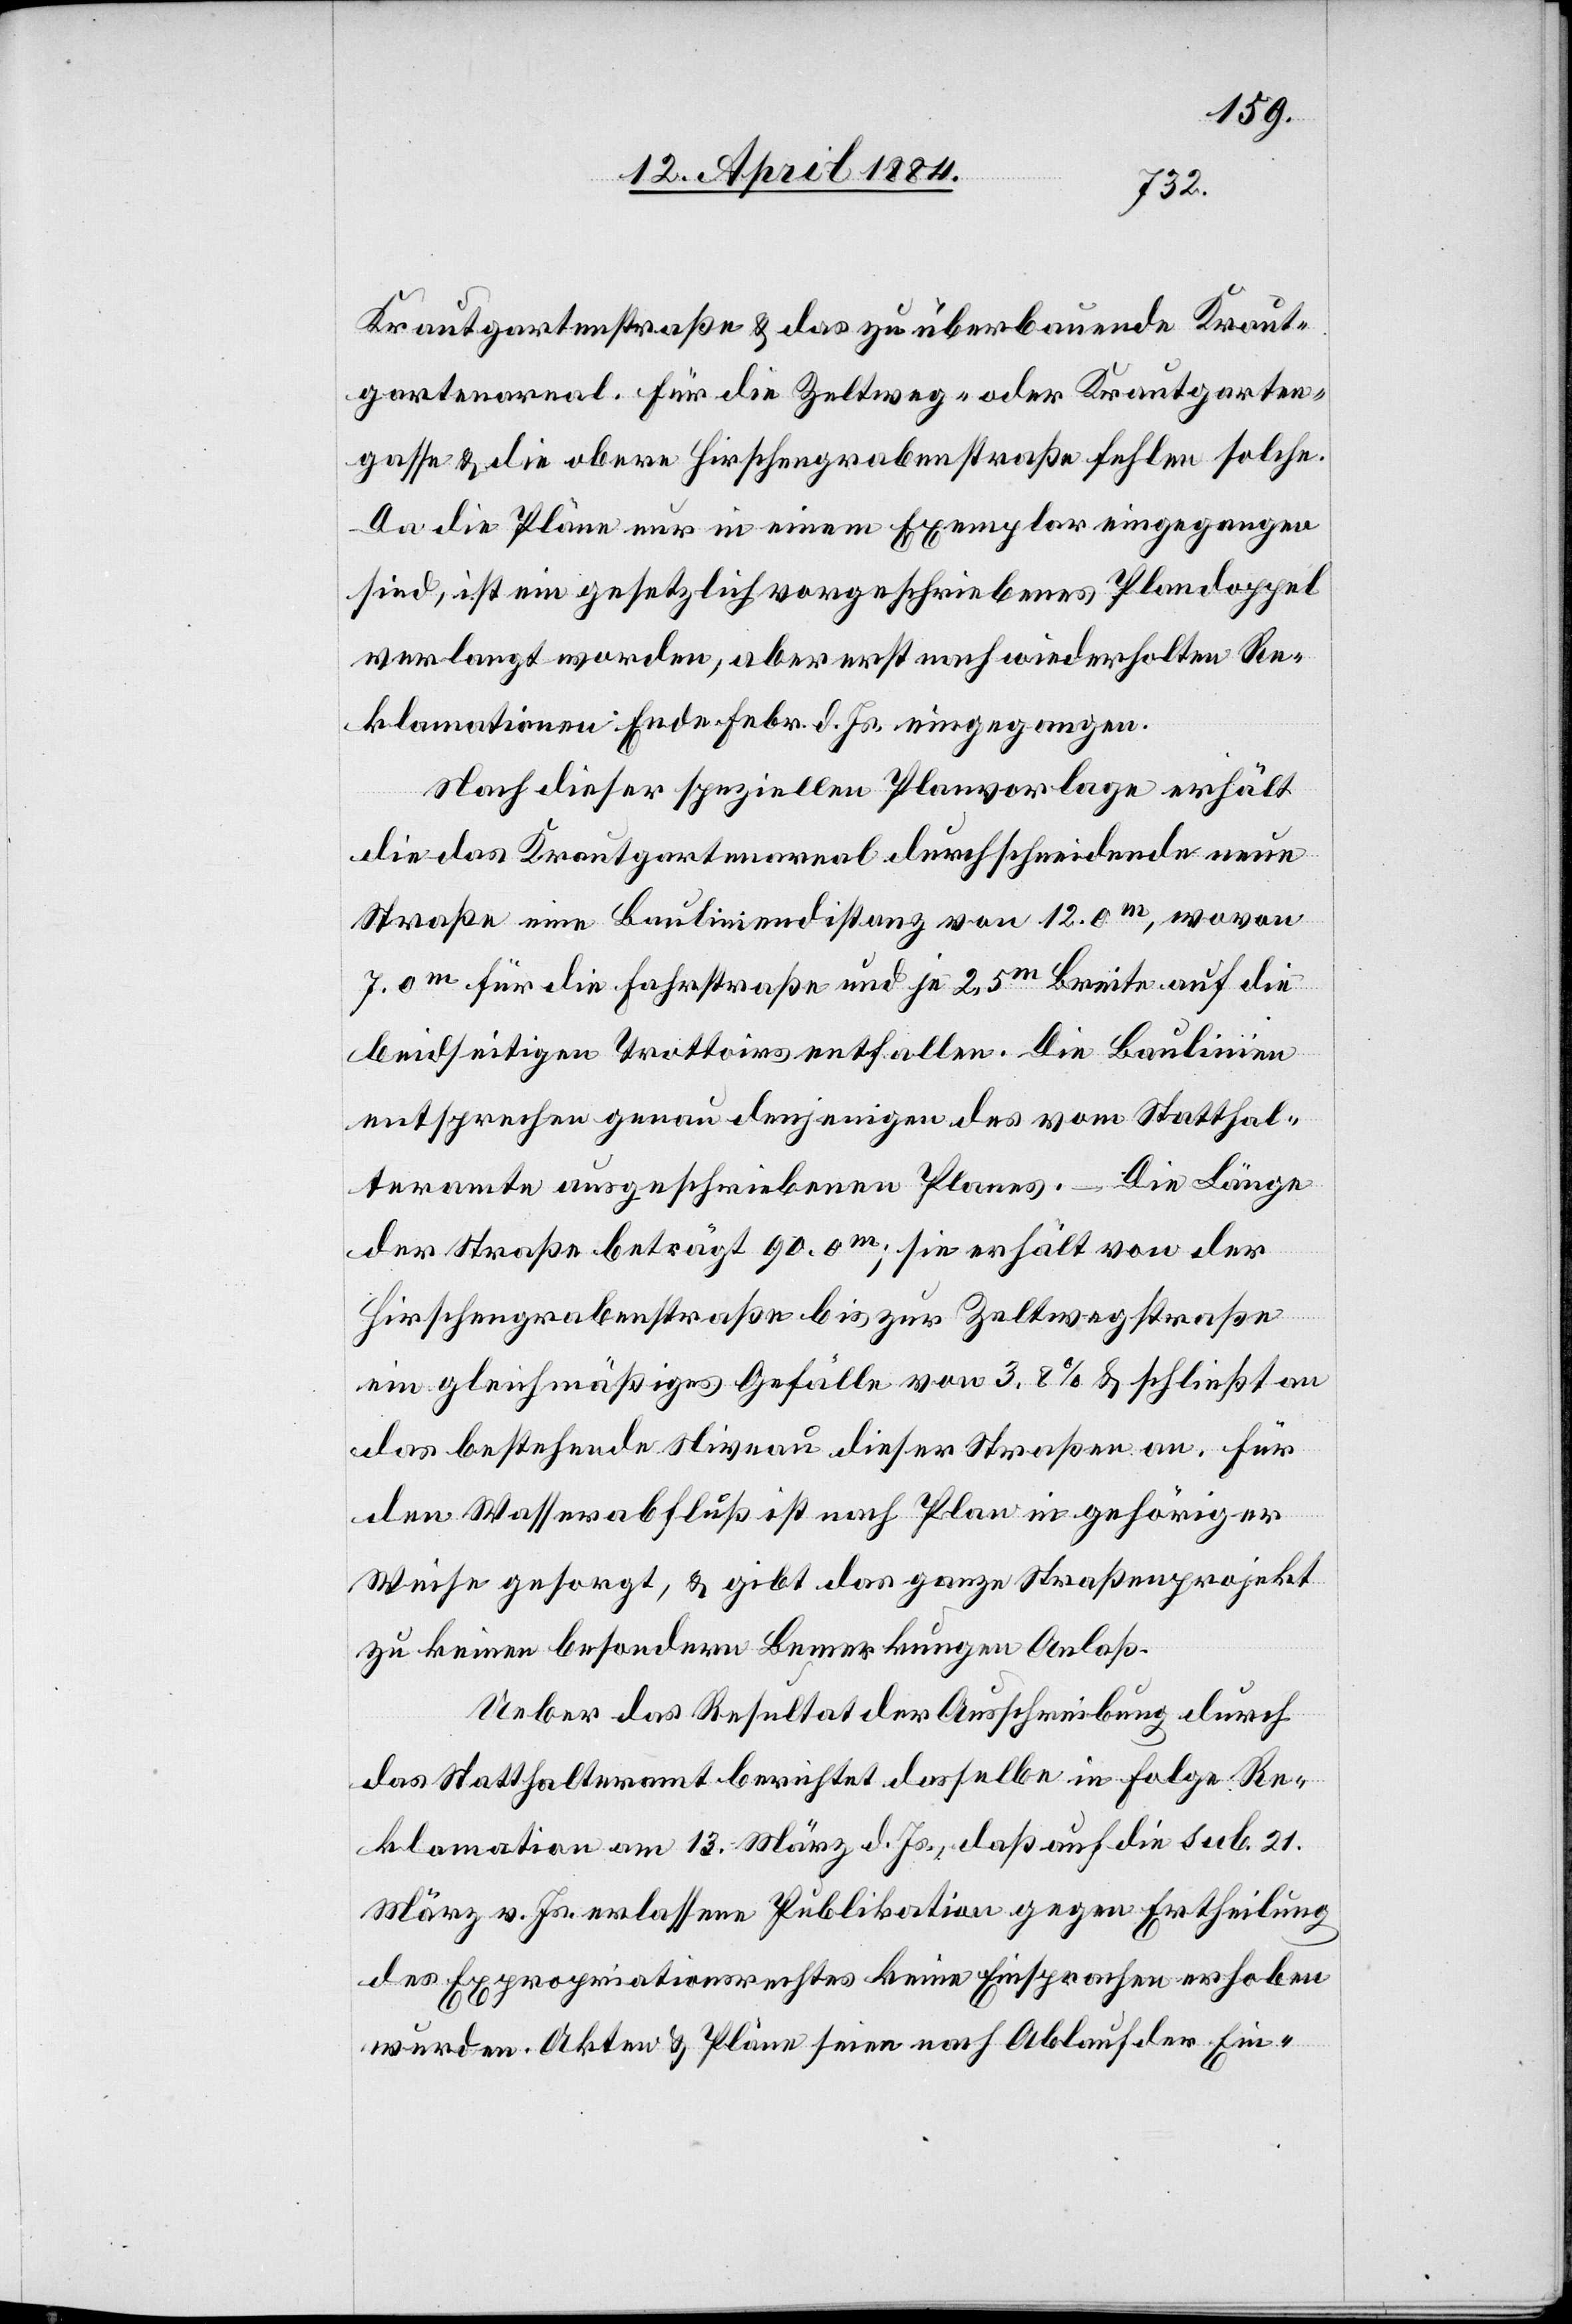
Krautgartenstraße & das zu überbauende Kraut¬
gartenareal. Für die Zeltweg- oder Krautgarten¬
gasse & die obere Hirschengrabenstraße fehlen solche.
Da die Pläne nur in einem Exemplar eingegangen
sind, ist ein gesetzlich vorgeschriebenes Plandoppel
verlangt worden, aber erst nach wiederholten Re¬
klamationen Ende Febr. d. Js. eingegangen.
Nach dieser speziellen Planvorlage erhält
die das Krautgartenareal durchschneidende neue
Straße eine Bauliniendistanz von 12.0m, wovon
7.0m für die Fahrstraße und je 2.5m Breite auf die
beidseitigen Trottoirs entfallen. Die Baulinien
entsprechen genau denjenigen des vom Statthal¬
teramte ausgeschriebenen Planes. Die Länge
der Straße beträgt 90.0m; sie erhält von der
Hirschengrabenstraße bis zur Zeltwegstraße
ein gleichmäßiges Gefälle von 3,8% & schließt an
das bestehende Niveau dieser Straße an. Für
den Wasserabfluß ist nach Plan in gehöriger
Weise gesorgt, & gibt das ganze Straßenprojekt
zu keinen besonderen Bemerkungen Anlaß.
Ueber das Resultat der Ausschreibung durch
das Statthalteramt berichtet dasselbe in Folge Re¬
klamation am 13. März d. Js., daß auf die sub. 21.
März v. Js. erlassene Publikation gegen Ertheilung
des Expropriationsrechtes keine Einsprachen erhoben
wurden. Akten & Pläne seien nach Ablauf der Ein-